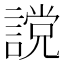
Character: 𧫆